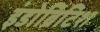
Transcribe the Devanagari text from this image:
इंडोब्रिटिश